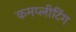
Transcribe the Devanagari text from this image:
कमप्लीटिंग